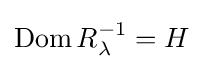
\operatorname {Dom} R_{\lambda }^{-1}=H